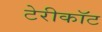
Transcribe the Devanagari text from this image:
टेरीकॉट